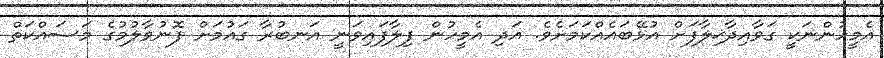
އެމީހުންނަކީ ގަވާއިދާޚިލާފަށް އުޅޭބައެއްކަމަށެވެ. އަދި އެމީހުން ފިލާފައިވަނީ އަނބުރާ ގައުމަށް ފޮނުވާލުމުގެ މަސައްކަތް